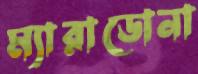
ম্যারাডোনা